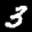
Label: 3